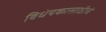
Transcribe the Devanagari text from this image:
विधेयकासाठीचे